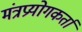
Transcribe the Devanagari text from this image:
मंत्रप्रयोगकर्ता